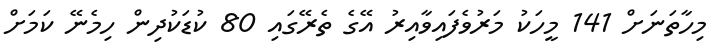
މިހާތަނަށް 141 މީހަކު މަރުވެފައިވާއިރު އޭގެ ތެރޭގައި 80 ކުޑަކުދިން ހިމެނޭ ކަމަށް